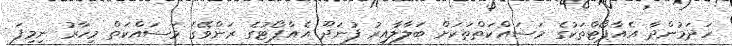
ހަދަމުންދާ އެއާޕޯޓްތަކުގެ މަސައްކަތްތަކަށް ބަލާލާއިރު ފުނަދޫ އެއާޕޯޓުގެ ރަންވޭގެ މަސައްކަތް މިހާރު ނިމިފަ